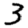
Digit: 3